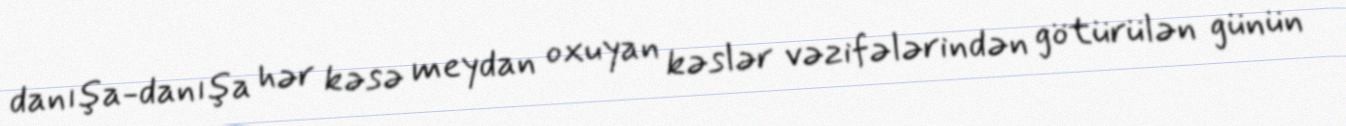
danışa-danışa hər kəsə meydan oxuyan kəslər vəzifələrindən götürülən günün